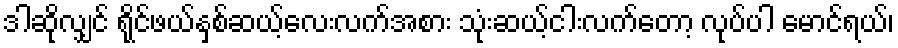
ဒါဆိုလျှင် ရိုင်ဖယ်နှစ်ဆယ့်လေးလက်အစား သုံးဆယ့်ငါးလက်တော့ လုပ်ပါ မောင်ရယ်၊